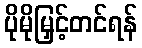
ပိုမိုမြှင့်တင်ရန်